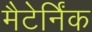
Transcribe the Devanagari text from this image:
मैटेर्निंक